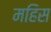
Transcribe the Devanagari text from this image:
महिस